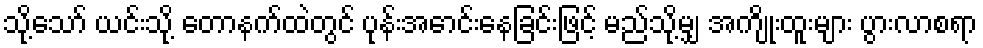
သို့သော် ယင်းသို့ တောနက်ထဲတွင် ပုန်းအောင်းနေခြင်းဖြင့် မည်သို့မျှ အကျိုးထူးများ ပွားလာစရာ